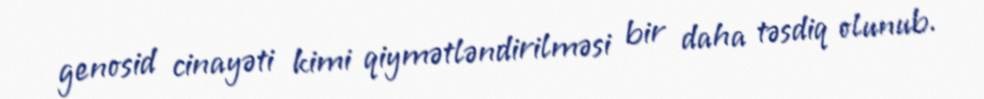
genosid cinayəti kimi qiymətləndirilməsi bir daha təsdiq olunub.